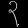
Digit: ၃